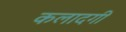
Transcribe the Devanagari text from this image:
कलादगी